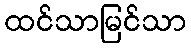
ထင်သာမြင်သာ